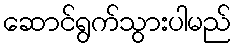
ဆောင်ရွက်သွားပါမည်